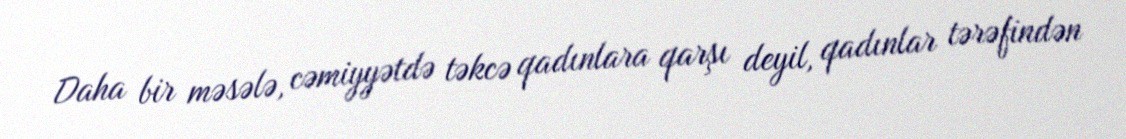
Daha bir məsələ, cəmiyyətdə təkcə qadınlara qarşı deyil, qadınlar tərəfindən